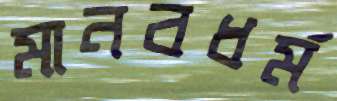
মানবধর্ম